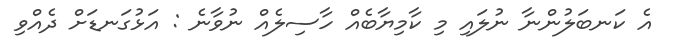
އެ ކަނބަލުންނާ ނުލައި މި ކާމިޔާބެއް ހާސިލެއް ނުވާނެ : އަޅުގަނޑަށް ދެއްވި